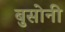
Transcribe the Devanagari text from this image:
बुसोनी